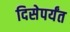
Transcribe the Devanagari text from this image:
दिसेपर्यंत